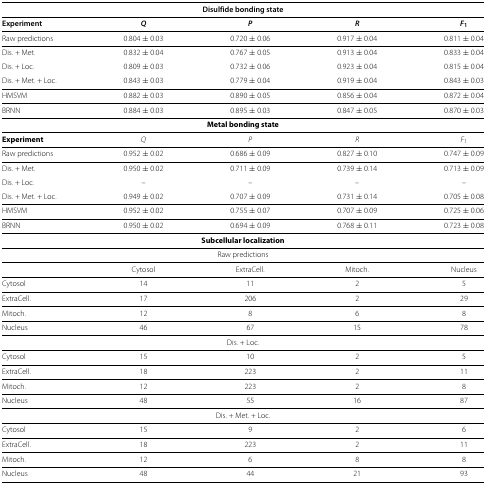
<table><thead><tr><td colspan="5"><b>Disulfide bonding state</b></td></tr></thead><tbody><tr><td><b>Experiment</b></td><td><b><i>Q</i></b></td><td><b><i>P</i></b></td><td><b><i>R</i></b></td><td><b><i>F</i></b><sub><b>1</b></sub></td></tr><tr><td>Raw predictions</td><td>0.804 ± 0.03</td><td>0.720 ± 0.06</td><td>0.917 ± 0.04</td><td>0.811 ± 0.04</td></tr><tr><td>Dis. + Met.</td><td>0.832 ± 0.04</td><td>0.767 ± 0.05</td><td>0.913 ± 0.04</td><td>0.833 ± 0.04</td></tr><tr><td>Dis. + Loc.</td><td>0.809 ± 0.03</td><td>0.732 ± 0.06</td><td>0.923 ± 0.04</td><td>0.815 ± 0.04</td></tr><tr><td>Dis. + Met. + Loc.</td><td>0.843 ± 0.03</td><td>0.779 ± 0.04</td><td>0.919 ± 0.04</td><td>0.843 ± 0.03</td></tr><tr><td>HMSVM</td><td>0.882 ± 0.03</td><td>0.890 ± 0.05</td><td>0.856 ± 0.04</td><td>0.872 ± 0.04</td></tr><tr><td>BRNN</td><td>0.884 ± 0.03</td><td>0.895 ± 0.03</td><td>0.847 ± 0.05</td><td>0.870 ± 0.03</td></tr><tr><td colspan="5"><b>Metal bonding state</b></td></tr><tr><td><b>Experiment</b></td><td><i>Q</i></td><td><i>P</i></td><td><i>R</i></td><td><i>F</i><sub>1</sub></td></tr><tr><td>Raw predictions</td><td>0.952 ± 0.02</td><td>0.686 ± 0.09</td><td>0.827 ± 0.10</td><td>0.747 ± 0.09</td></tr><tr><td>Dis. + Met.</td><td>0.950 ± 0.02</td><td>0.711 ±0.09</td><td>0.739 ± 0.14</td><td>0.713 ± 0.09</td></tr><tr><td>Dis. + Loc.</td><td>–</td><td>–</td><td>–</td><td>–</td></tr><tr><td>Dis. + Met. + Loc.</td><td>0.949 ± 0.02</td><td>0.707 ± 0.09</td><td>0.731 ± 0.14</td><td>0.705 ± 0.08</td></tr><tr><td>HMSVM</td><td>0.952 ± 0.02</td><td>0.755 ± 0.07</td><td>0.707 ± 0.09</td><td>0.725 ± 0.06</td></tr><tr><td>BRNN</td><td>0.950 ± 0.02</td><td>0.694 ± 0.09</td><td>0.768 ± 0.11</td><td>0.723 ± 0.08</td></tr><tr><td colspan="5"><b>Subcellular localization</b></td></tr><tr><td colspan="5">Raw predictions</td></tr><tr><td> </td><td>Cytosol</td><td>ExtraCell.</td><td>Mitoch.</td><td>Nucleus</td></tr><tr><td>Cytosol</td><td>14</td><td>11</td><td>2</td><td>5</td></tr><tr><td>ExtraCell.</td><td>17</td><td>206</td><td>2</td><td>29</td></tr><tr><td>Mitoch.</td><td>12</td><td>8</td><td>6</td><td>8</td></tr><tr><td>Nucleus</td><td>46</td><td>67</td><td>15</td><td>78</td></tr><tr><td colspan="5">Dis. + Loc.</td></tr><tr><td>Cytosol</td><td>15</td><td>10</td><td>2</td><td>5</td></tr><tr><td>ExtraCell.</td><td>18</td><td>223</td><td>2</td><td>11</td></tr><tr><td>Mitoch.</td><td>12</td><td>223</td><td>2</td><td>8</td></tr><tr><td>Nucleus</td><td>48</td><td>55</td><td>16</td><td>87</td></tr><tr><td colspan="5">Dis. + Met. + Loc.</td></tr><tr><td>Cytosol</td><td>15</td><td>9</td><td>2</td><td>6</td></tr><tr><td>ExtraCell.</td><td>18</td><td>223</td><td>2</td><td>11</td></tr><tr><td>Mitoch.</td><td>12</td><td>6</td><td>8</td><td>8</td></tr><tr><td>Nucleus</td><td>48</td><td>44</td><td>21</td><td>93</td></tr></tbody></table>